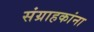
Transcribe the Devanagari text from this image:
संग्राहकांना